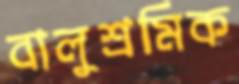
বালুশ্রমিক